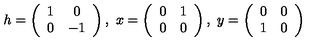
h = \left( \begin{array} { c c } { 1 } & { 0 } \\ { 0 } & { - 1 } \\ \end{array} \right) , \ x = \left( \begin{array} { c c } { 0 } & { 1 } \\ { 0 } & { 0 } \\ \end{array} \right) , \ y = \left( \begin{array} { c c } { 0 } & { 0 } \\ { 1 } & { 0 } \\ \end{array} \right)